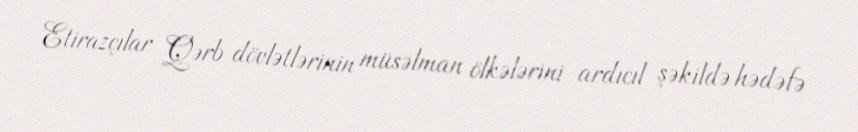
Etirazçılar Qərb dövlətlərinin müsəlman ölkələrini ardıcıl şəkildə hədəfə